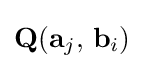
\mathbf {Q} (\mathbf {a} _{j},\,\mathbf {b} _{i})